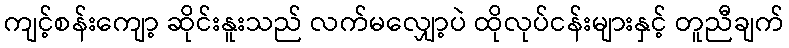
ကျင့်စန်းကျော့ ဆိုင်းနူးသည် လက်မလျှော့ပဲ ထိုလုပ်ငန်းများနှင့် တူညီချက်